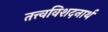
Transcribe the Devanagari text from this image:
तत्त्वविशदनार्थ